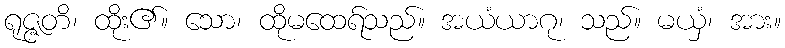
ရုဇ္ဇတိ၊ ထိုး၏။ သော၊ ထိုမထေရ်သည်။ အယံယာဂု၊ သည်။ မယှံ၊ အား။